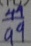
\frac { 4 9 } { 9 9 }